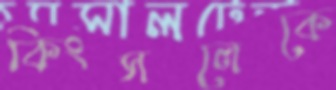
কিংসলেকে